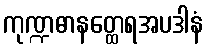
ကုဏ္ဍဓာနတ္ထေရအပဒါနံ